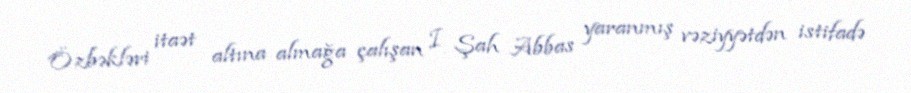
Özbəkləri itaət altına almağa çalışan I Şah Abbas yaranmış vəziyyətdən istifadə